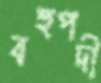
বহুপদী